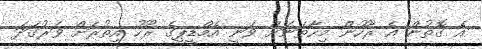
އެ ގޮތުން އެ ރޫހުން މިހާތަނަށް ވަނީ އެމްޑީޕީގެ ރޫހު އިތުރަށް ވަރުގަދަ